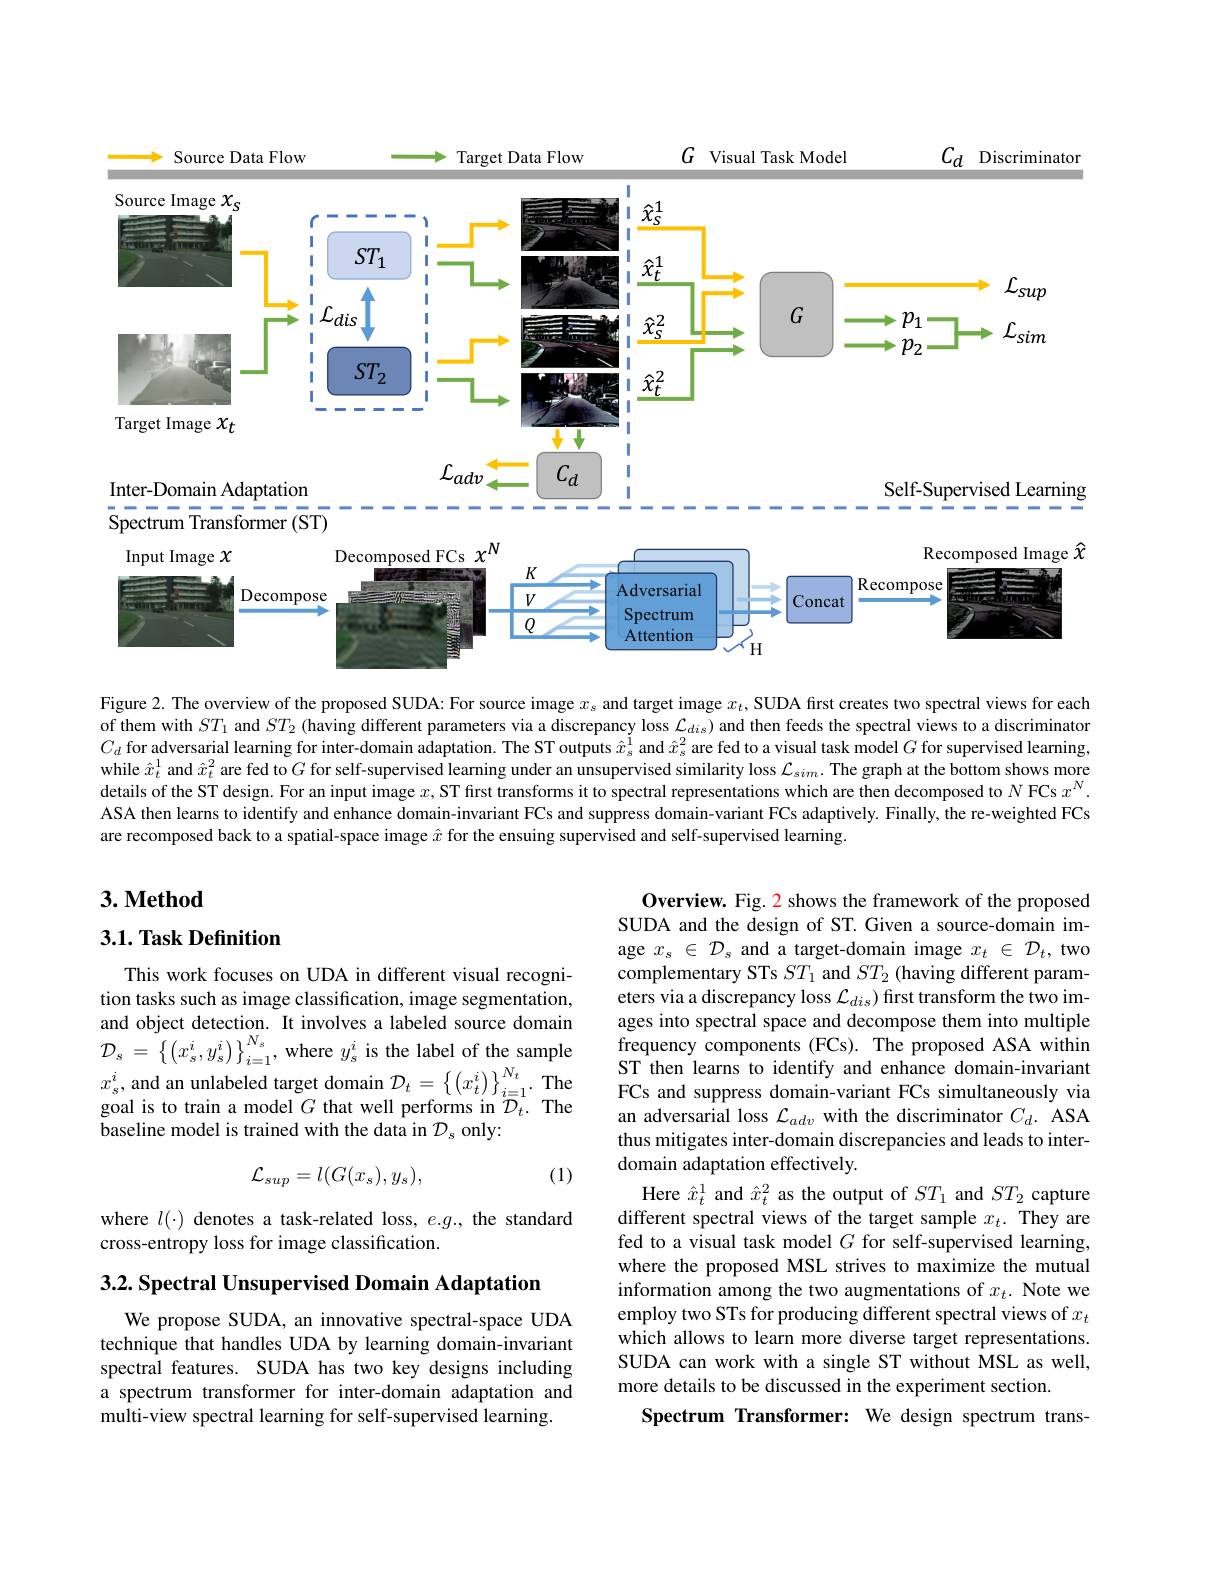
$G$ Visual Task Model

${\: SourceDataFlow}$
<FigureHere>

$C_{d}$ Discriminator

Target Data Flow

Figure 2. The overview of the proposed SUDA: For source image $x_s$ and target image $x_t, \textbf{SUDA first creates two spectral views for each}$ of them with $ST_1$ and $ST_2$ (having different parameters via a discrepancy loss $\mathcal{L}_{dis}$) and then feeds the spectral views to a discriminator $C_d$ for adversarial learning for inter-domain adaptation. The ST outputs $\hat{x}_s^\mathrm{i}$ and $\hat{x}_s^2$ are fed to a visual task model $G$ for supervised learning, while $\hat{x}_t^1$ and $\hat{x}_t^2$ are fed to $G$ for self-supervised learning under an unsupervised similarity loss $\mathcal{L}_sim.$ The graph at the bottom shows more details of the ST design. For an input image $x$, ST first transforms it to spectral representations which are then decomposed to $N$ FCs $x^{N}.$ ASA then learns to identify and enhance domain-invariant FCs and suppress domain-variant FCs adaptively. Finally, the re-weighted FCs are recomposed back to a spatial-space image $\hat{x}$ for the ensuing supervised and self-supervised learning.

## $3. \textbf{Method}$

### $3. 1. \textbf{Task Definition}$

This work focuses on UDA in different visual recognition tasks such as image classification, image segmentation, and object detection. It involves a labeled source domain ${\mathcal{D} }_{s}$ = $\left \{ \left ( x_{s}^{i}, y_{s}^{i}\right ) \right \} _{i= 1}^{N_{s}}$, where $y_{s}^{i}$ is the label of the sample $x_{s}^{i}$,and an unlabeled target domain $\mathcal{D}_t=\left\{\left(x_{t}^{i}\right)\right\}_{i=1}^{N_{t}}.$The$x_{s}^{i}$,and an unlabeled target domain $\mathcal{D}_t=\left\{\left(x_{t}^{i}\right)\right\}_{i=1}^{N_{t}}.$ The$g_{s}^{i}$,and an unlabeled target domain $\mathcal{D}_{t}=\left\{\left(x_{t}^{i}\right)\right\}_{i=1}^{N}$ baseline model is trained with the data in $\mathcal{D}_s$ only:

Overview. Fig. 2 shows the framework of the proposed SUDA and the design of ST. Given a source-domain image $x_s\in\mathcal{D}_s$ and a target-domain image $x_t\in\mathcal{D}_t$, two complementary STs $ST_1$ and $ST_2$ (having different parameters via a discrepancy loss $\mathcal{L}_dis)$ first transform the two images into spectral space and decompose them into multiple frequency components (FCs). The proposed ASA within ST then learns to identify and enhance domain-invariant FCs and suppress domain-variant FCs simultaneously via an adversarial loss $\mathcal{L}_{adv}$ with the discriminator $C_d.$ ASA thus mitigates inter-domain discrepancies and leads to interdomain adaptation effectively.
Here $\hat{x}_t^1$ and $\hat{x}_t^2$ as the output of $ST_1$ and $ST_2$ capture different spectral views of the target sample $x_t.$ They are fed to a visual task model $G$ for self-supervised learning, where the proposed MSL strives to maximize the mutual information among the two augmentations of $x_t.$ Note we employ two STs for producing different spectral views of $x_t$ which allows to learn more diverse target representations. SUDA can work with a single ST without MSL as well, more details to be discussed in the experiment section.
Spectrum Transformer: We design spectrum trans-

(1)
$$\mathcal{L}_{sup}=l(G(x_s),y_s),$$
where $l(\cdot)$ denotes a task-related loss, $e.g.$, the standard
cross-entropy loss for image classification.

$3. 2. \textbf{ Spectral Unsupervised Domain Adaptation}$

We propose SUDA, an innovative spectral-space UDA technique that handles UDA by learning domain-invariant spectral features. SUDA has two key designs including a spectrum transformer for inter-domain adaptation and multi-view spectral learning for self-supervised learning.